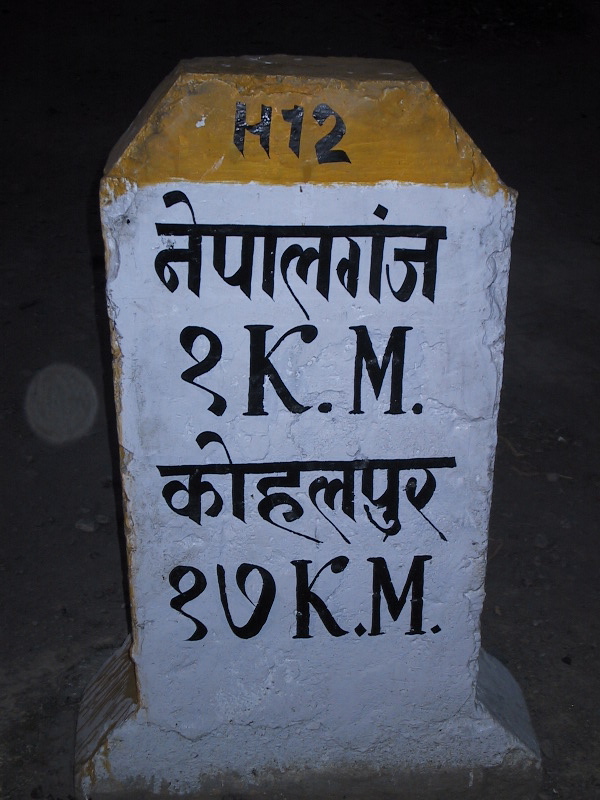
Language: hindi
Transcription: १७ १ कोहलपुर नेपालगंज